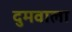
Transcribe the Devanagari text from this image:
दुमवाला